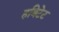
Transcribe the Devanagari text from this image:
हबिटेट